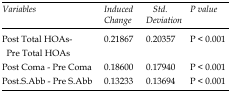
| Variables | Induced Change | Std. Deviation | P value |
 | --- | --- | --- | --- |
 | Post Total HOAs - Pre Total HOAs | 0.21867 | 0.20357 | P < 0.001 |
 | Post Coma - Pre Coma | 0.18600 | 0.17940 | P < 0.001 |
 | Post.S.Abb - Pre S.Abb | 0.13233 | 0.13694 | P < 0.001 |